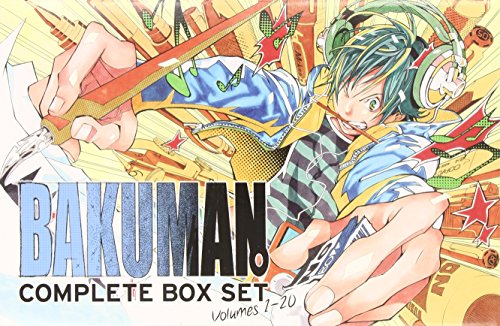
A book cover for Bakuman. Complete Box Set (Volumes 1-20 with premium); Tsugumi Ohba; Comics & Graphic Novels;